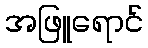
အဖြူရောင်